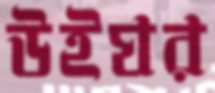
উইঘর